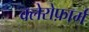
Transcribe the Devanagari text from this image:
क्लेरोफ़ार्म